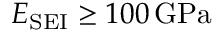
E _ { \mathrm { S E I } } \geq 1 0 0 \, \mathrm { G P a }